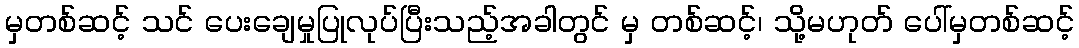
မှတစ်ဆင့် သင် ပေးချေမှုပြုလုပ်ပြီးသည့်အခါတွင် မှ တစ်ဆင့်၊ သို့မဟုတ် ပေါ်မှတစ်ဆင့်